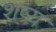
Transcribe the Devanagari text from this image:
शष्य